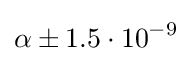
\alpha \pm 1.5\cdot 10^{-9}